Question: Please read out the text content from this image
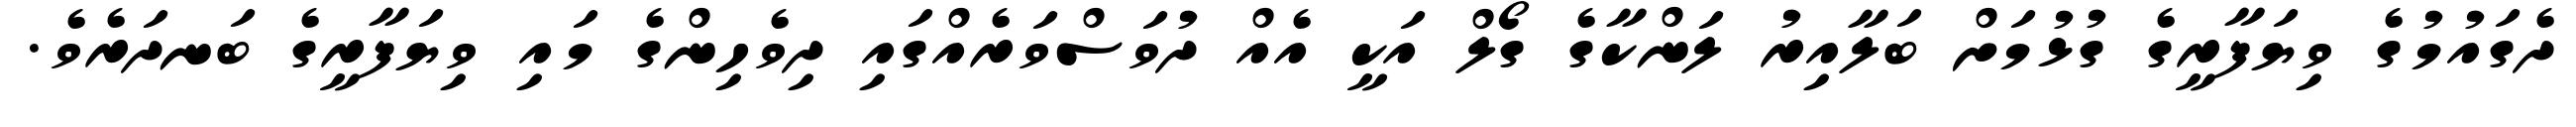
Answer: ދެގައުމުގެ ވިޔަފާރީގެ ގުޅުމަށް ބަލާއިރު ލަންކާގެ ގޯލް އަކީ އެއް ދުވަސްވަރެއްގައި ދިވެހިންގެ މައި ވިޔަފާރީގެ ބަނދަރެވެ.